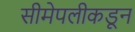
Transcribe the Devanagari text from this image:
सीमेपलीकडून